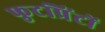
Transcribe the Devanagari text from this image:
फुटप्रिंटों